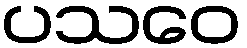
ပသဝေ